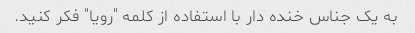
به یک جناس خنده دار با استفاده از کلمه "رویا" فکر کنید.